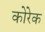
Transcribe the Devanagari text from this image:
कोरेक